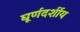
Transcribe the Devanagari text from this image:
घूर्णदर्शीय